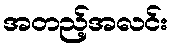
အတည့်အလင်း